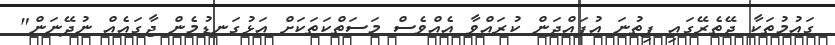
ގައުމުތަކާ ދޭތެރޭގައި ފިތުނަ އުފައްދަން ކުރައްވާ އެއްވެސް މަސަތްކަތަކަށް އަޅުގަނޑުމެން ޖާގައެއް ނުދޭނަން"